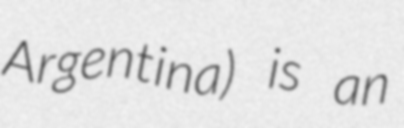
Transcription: Argentina) is an